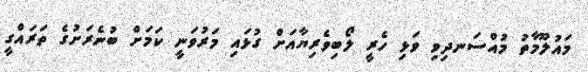
މައުލޫމާތު މުއްސަނދިވި ވަޅި ހެރީ ލޯބިވެރިޔާއަށް ގުޅައި މަރުވަނީ ކަމަށް ބުނެރަށުގެ ތަރައްގީ